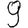
Digit: 9